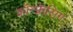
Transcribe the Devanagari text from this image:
कॉन्फ़्रेंसिंग